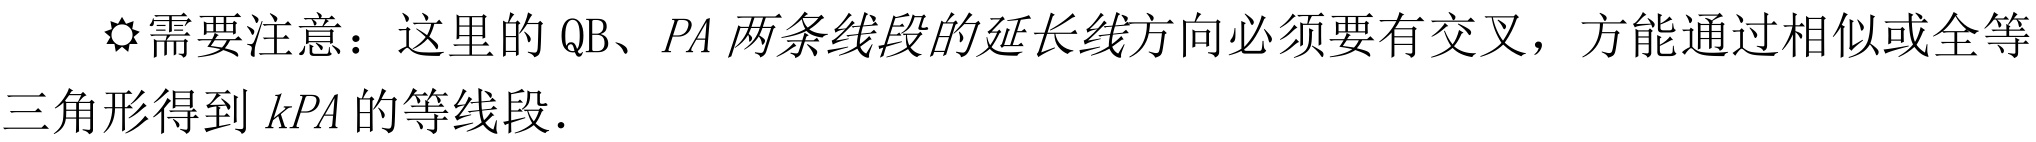
⚑需要注意：这里的 QB、\(PA\) 两条线段的延长线方向必须要有交叉，方能通过相似或全等三角形得到 \(kPA\) 的等线段.